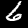
Digit: 6